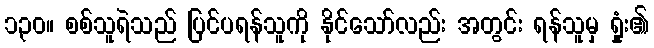
၁၃၀။ စစ်သူရဲသည် ပြင်ပရန်သူကို နိုင်သော်လည်း အတွင်း ရန်သူမှ ရှုံး၏